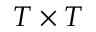
T \times T